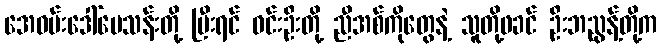
အေဝမ်းဒေါ်မေသန်းတို့ ပြီးရင် ဝင်းဦးတို့ ညီအစ်ကိုတွေနဲ့ သူတို့ဖခင် ဦးဘညွန့်တို့က